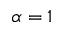
\alpha = 1